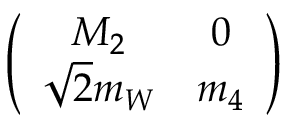
\left( \begin{array} { c c } { { M _ { 2 } } } & { { 0 } } \\ { { \sqrt { 2 } m _ { W } } } & { { m _ { 4 } } } \end{array} \right)